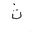
Letter: _tha